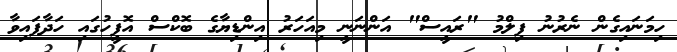
ހިމަނައިގެން ނެރުނު ފިލްމު "ރައީސް" އަންނަނީ މިއަހަރު އިންޑިޔާގެ ބޮކްސް އޮފީހުގައި ހަދާފައިވާ